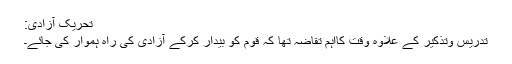
تحریک آزادی:
تدریس وتذکیر کے علاوہ وقت کااہم تقاضہ تھا کہ قوم کو بیدار کرکے آزادی کی راہ ہموار کی جائے۔